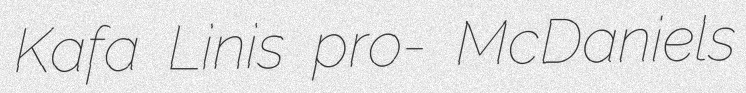
Kafa Linis pro- McDaniels